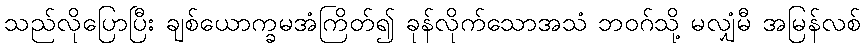
သည်လိုပြောပြီး ချစ်ယောက္ခမအံကြိတ်၍ ခုန်လိုက်သောအသံ ဘဝဂ်သို့ မလျှံမီ အမြန်လစ်